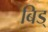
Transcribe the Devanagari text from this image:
बिड्